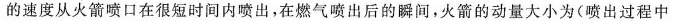
的速度从火箭喷口在很短时间内喷出，在燃气喷出后的瞬间，火箭的动量大小为(喷出过程中